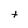
Character: t